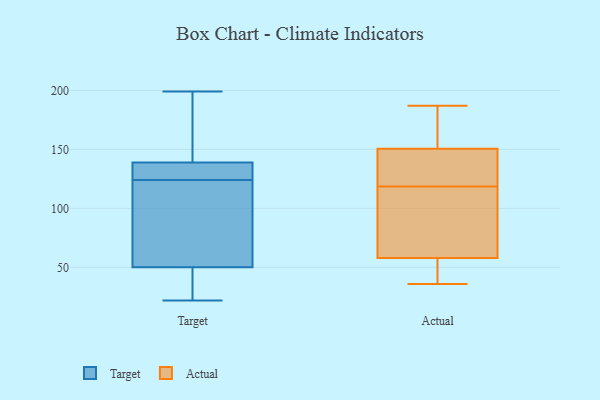
{"axis": {"x": "Satisfaction Score", "y": "Value"}, "legend": ["Actual", "Target"], "data": [{"x": "", "y": 42, "type": "Target"}, {"x": "", "y": 22, "type": "Target"}, {"x": "", "y": 45, "type": "Target"}, {"x": "", "y": 142, "type": "Target"}, {"x": "", "y": 132, "type": "Target"}, {"x": "", "y": 139, "type": "Target"}, {"x": "", "y": 39, "type": "Target"}, {"x": "", "y": 124, "type": "Target"}, {"x": "", "y": 65, "type": "Target"}, {"x": "", "y": 139, "type": "Target"}, {"x": "", "y": 75, "type": "Target"}, {"x": "", "y": 128, "type": "Target"}, {"x": "", "y": 114, "type": "Target"}, {"x": "", "y": 191, "type": "Target"}, {"x": "", "y": 199, "type": "Target"}, {"x": "", "y": 36, "type": "Actual"}, {"x": "", "y": 48, "type": "Actual"}, {"x": "", "y": 110, "type": "Actual"}, {"x": "", "y": 68, "type": "Actual"}, {"x": "", "y": 127, "type": "Actual"}, {"x": "", "y": 91, "type": "Actual"}, {"x": "", "y": 137, "type": "Actual"}, {"x": "", "y": 185, "type": "Actual"}, {"x": "", "y": 152, "type": "Actual"}, {"x": "", "y": 187, "type": "Actual"}, {"x": "", "y": 149, "type": "Actual"}, {"x": "", "y": 40, "type": "Actual"}]}